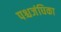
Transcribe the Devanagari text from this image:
पश्चजंघिका